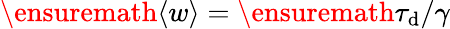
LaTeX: \ensuremath{\langle w\rangle}=\ensuremath{\tau_{\mathrm{d}}}/\gamma